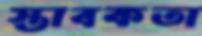
স্তাবকতা